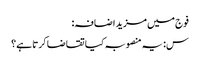
فوج میں مزید اضافہ:
س: یہ منصوبہ کیا تقاضا کرتا ہے؟